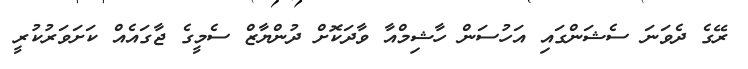
ރޭގެ ދެވަނަ ސެޝަންގައި އަހުސަން ހާޝިމްއާ ވާދަކޮށް ދުންޔާޒް ސެމީގެ ޖާގައެއް ކަށަވަރުކުރީ